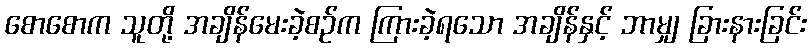
စောစောက သူတို့ အချိန်မေးခဲ့စဉ်က ကြားခဲ့ရသော အချိန်နှင့် ဘာမျှ ခြားနားခြင်း